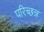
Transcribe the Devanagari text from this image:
परिच्छन्न